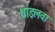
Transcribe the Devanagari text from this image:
थाइलवा